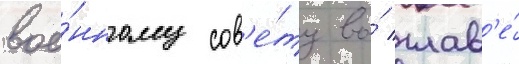
вое́нному сов'е́ту во́ глав'е́